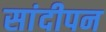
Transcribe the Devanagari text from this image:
सांदीपन